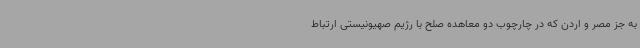
به جز مصر و اردن که در چارچوب دو معاهده صلح با رژیم صهیونیستی ارتباط